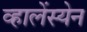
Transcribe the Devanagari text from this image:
व्हालेंस्येन